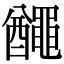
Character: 𪓰